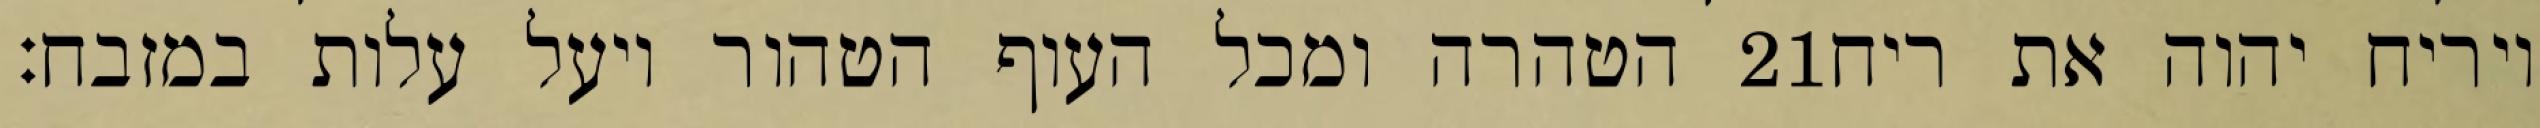
הטהרה ומכל העוף הטהור ויעל עלות במזבח׃ ‎21‏ ויריח יהוה את ריח